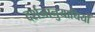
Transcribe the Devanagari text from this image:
दर्शनानुयायियों